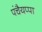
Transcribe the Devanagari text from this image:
पंचैयप्पा